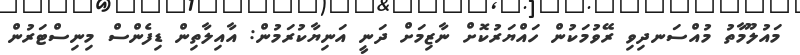
މައުލޫމާތު މުއްސަނދިވި ރޭވުމަކުން ހައްޔަރުކޮށް ނާޒިމަށް ދަނީ އަނިޔާކުރަމުން: އާއިލާތިން ޑިފެންސް މިނިސްޓަރުން